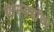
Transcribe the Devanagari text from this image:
चामड्यांचा